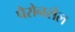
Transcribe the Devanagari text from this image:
पैरोनसेल